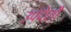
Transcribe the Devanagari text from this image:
उपदेशौं